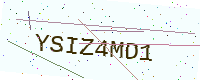
Text: YSIZ4MD1